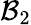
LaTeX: \mathcal{B}_{2}